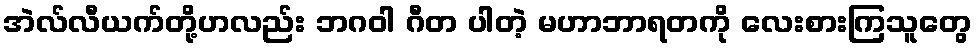
အဲလ်လီယက်တို့ဟလည်း ဘဂဝါ ဂီတ ပါတဲ့ မဟာဘာရတကို လေးစားကြသူတွေ